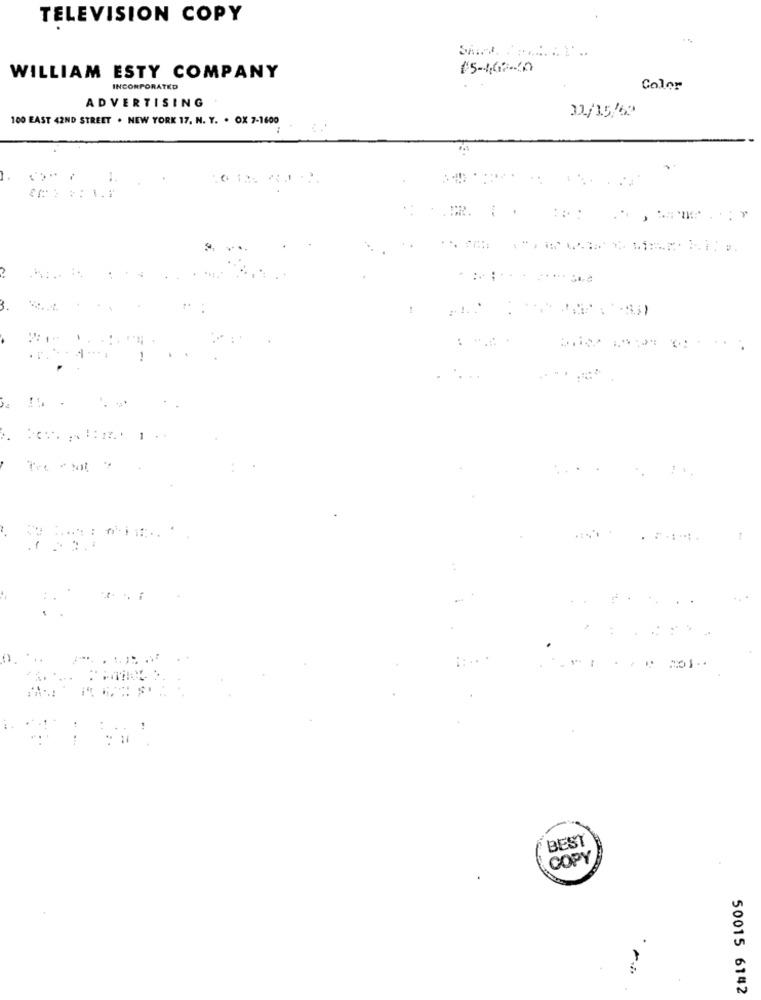
TELEVISION COPY
15-467-20
WILLIAM ESTY COMPANY
INCORPORATED
Color
ADVERTISING
22/15/60
100 EAST 42ND STREET . NEW YORK 17, N. Y. . OX 7-1600
1
......
BEST
COPY
50015 6142